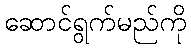
ဆောင်ရွက်မည်ကို